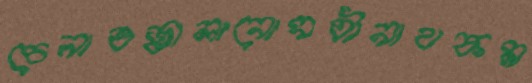
চেনাওজ্বালানোসতীনাথকম